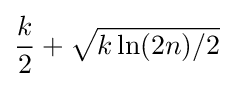
{k \over 2}+{\sqrt {k\ln(2n)/2}}